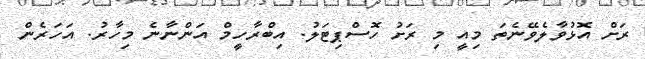
ރަށް އޮޅުވާލެވޭނެތަ މިއީ މި ރަށު ހޮސްޕިޓަލު. އިބްރާހީމް އަންނާނެ މިހާރު. އަހަރެން